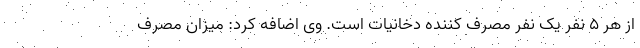
از هر ۵ نفر یک نفر مصرف کننده دخانیات است. وی اضافه کرد: میزان مصرف